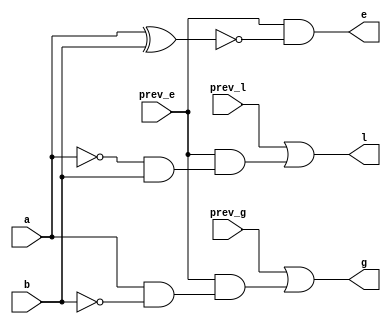
module one_bit_comparator(input a,input b,input prev_l,input prev_e,input prev_g,output wire l,output wire e,output wire g);
	assign l=prev_l | (prev_e&((~a)&b));
	assign e=prev_e & (~(a^b));
	assign g= prev_g | (prev_e & (a&(~b)));
endmodule